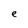
Character: e